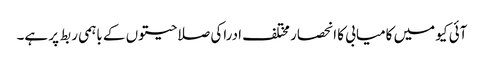
آئی کیو میں کامیابی کا انحصار مختلف ادراکی صلاحیتوں کے باہمی ربط پر ہے۔